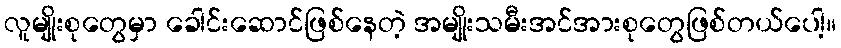
လူမျိုးစုတွေမှာ ခေါင်းဆောင်ဖြစ်နေတဲ့ အမျိုးသမီးအင်အားစုတွေဖြစ်တယ်ပေါ့။